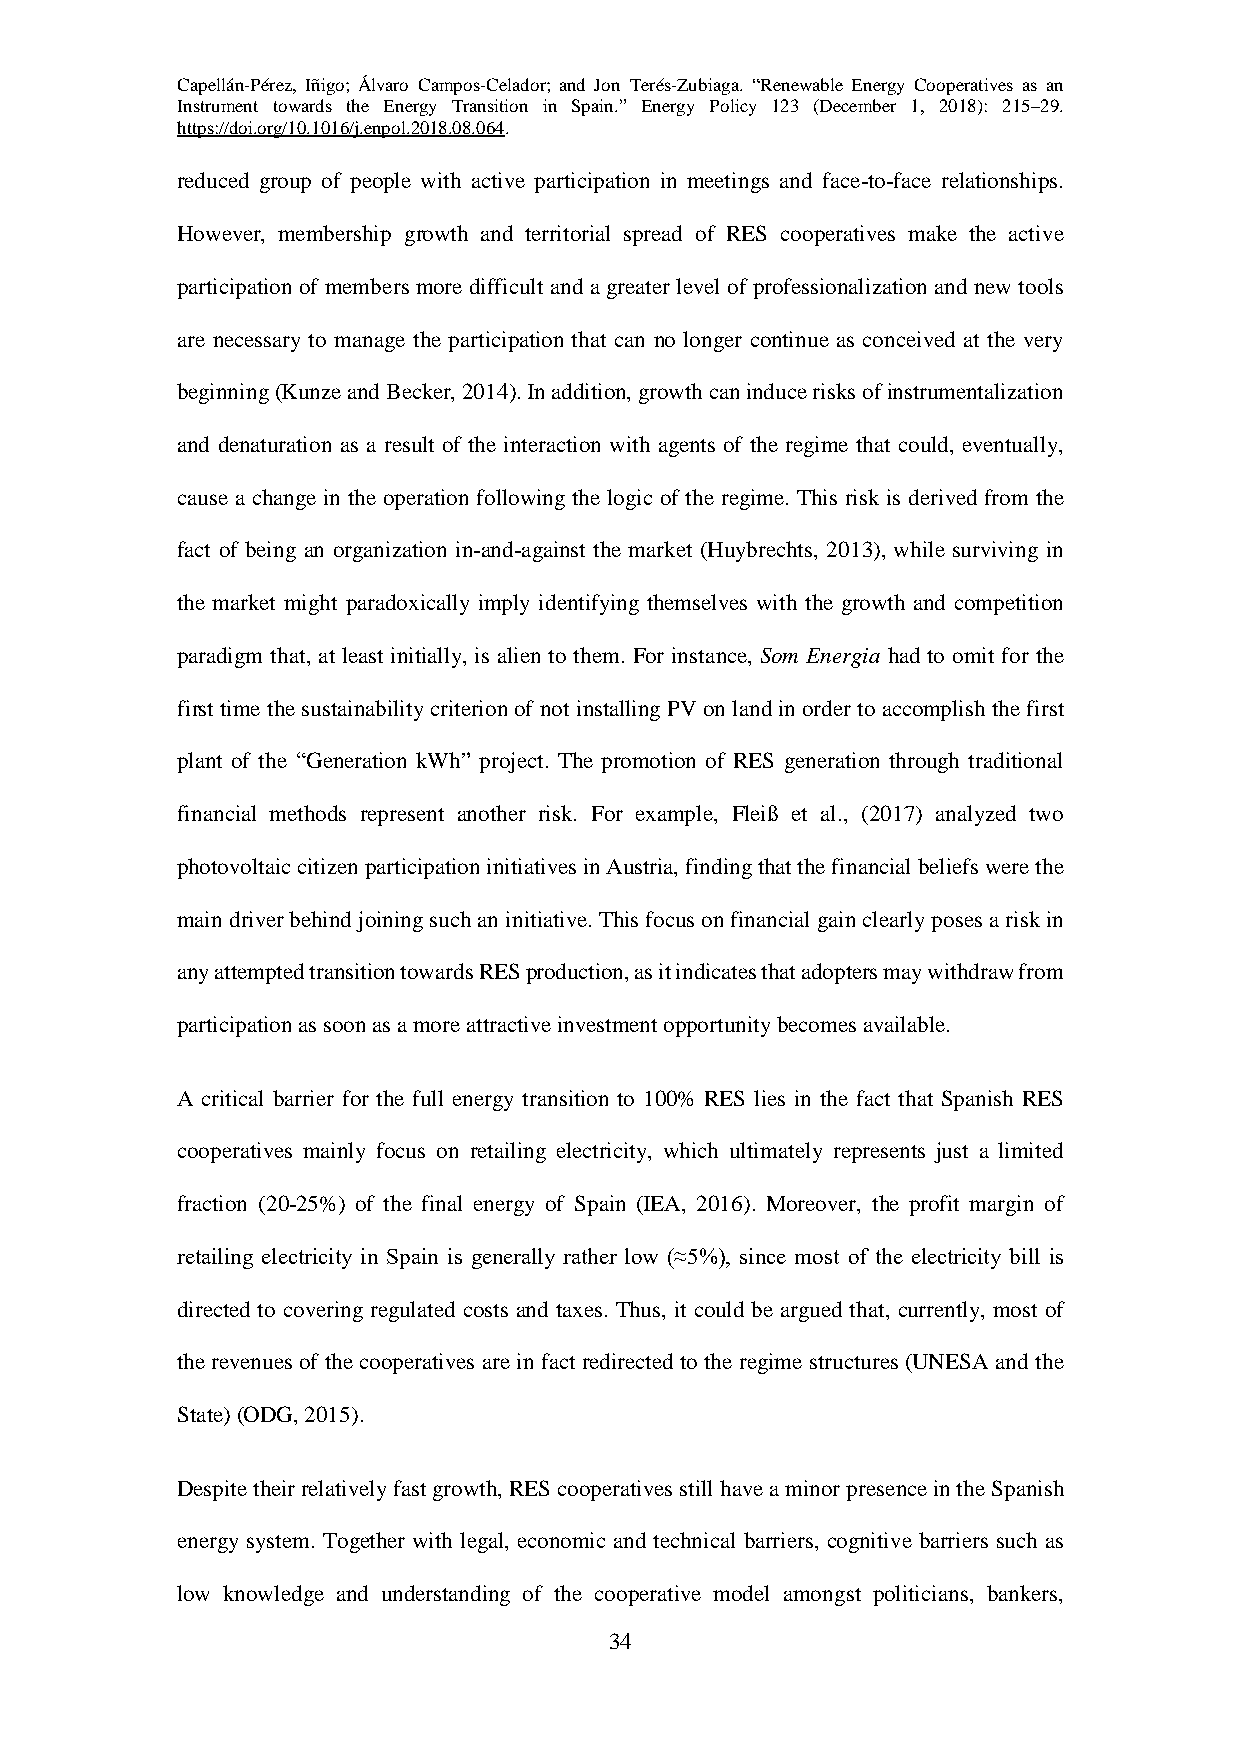
Capellán-Pérez, Iñigo; Álvaro Campos-Celador; and Jon Terés-Zubiaga. “Renewable Energy Cooperatives as an
 Instrument towards the Energy Transition in Spain.” Energy Policy 123 (December 1, 2018): 215–29.
 https://doi.org/10.1016/j.enpol.2018.08.064.
 reduced group of people with active participation in meetings and face-to-face relationships.
 However, membership growth and territorial spread of RES cooperatives make the active
 participation of members more difficult and a greater level of professionalization and new tools
 are necessary to manage the participation that can no longer continue as conceived at the very
 beginning (Kunze and Becker, 2014). In addition, growth can induce risks of instrumentalization
 and denaturation as a result of the interaction with agents of the regime that could, eventually,
 cause a change in the operation following the logic of the regime. This risk is derived from the
 fact of being an organization in-and-against the market (Huybrechts, 2013), while surviving in
 the market might paradoxically imply identifying themselves with the growth and competition
 paradigm that, at least initially, is alien to them. For instance, Som Energia had to omit for the
 first time the sustainability criterion of not installing PV on land in order to accomplish the first
 plant of the “Generation kWh” project. The promotion of RES generation through traditional
 financial methods represent another risk. For example, Fleiß et al., (2017) analyzed two
 photovoltaic citizen participation initiatives in Austria, finding that the financial beliefs were the
 main driver behind joining such an initiative. This focus on financial gain clearly poses a risk in
 any attempted transition towards RES production, as it indicates that adopters may withdraw from
 participation as soon as a more attractive investment opportunity becomes available.
 A critical barrier for the full energy transition to 100% RES lies in the fact that Spanish RES
 cooperatives mainly focus on retailing electricity, which ultimately represents just a limited
 fraction (20-25%) of the final energy of Spain (IEA, 2016). Moreover, the profit margin of
 retailing electricity in Spain is generally rather low (≈5%), since most of the electricity bill is
 directed to covering regulated costs and taxes. Thus, it could be argued that, currently, most of
 the revenues of the cooperatives are in fact redirected to the regime structures (UNESA and the
 State) (ODG, 2015).
 Despite their relatively fast growth, RES cooperatives still have a minor presence in the Spanish
 energy system. Together with legal, economic and technical barriers, cognitive barriers such as
 low knowledge and understanding of the cooperative model amongst politicians, bankers,
 34